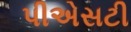
પીએસટી